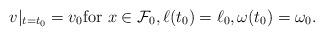
LaTeX: \begin{align*} v|_{t=t_0} = v_0 \textnormal{for } x \in \mathcal{F}_0, \ell (t_0) = \ell_0, \omega (t_0) = \omega_0. \end{align*}